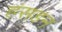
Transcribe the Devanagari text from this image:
हंसडन